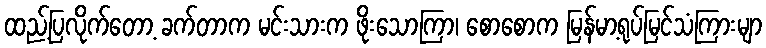
ထည့်ပြလိုက်တော့ ခက်တာက မင်းသားက ဖိုးသောကြာ၊ စောစောက မြန်မာ့ရုပ်မြင်သံကြားမျာ